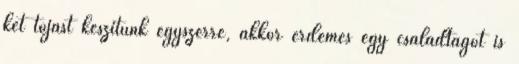
két tojást készítünk egyszerre, akkor érdemes egy családtagot is